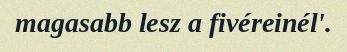
magasabb lesz a fivéreinél'.